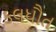
કલધૌત